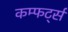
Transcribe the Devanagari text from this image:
कम्फर्ट्स